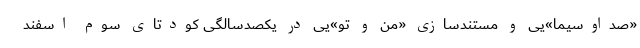
«صداوسیما»یی و مستند‌سازی «من و تو»یی در یکصدسالگی کودتای سوم اسفند